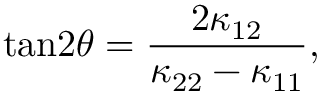
\mathrm { t a n } 2 \theta = { \frac { 2 \kappa _ { 1 2 } } { \kappa _ { 2 2 } - \kappa _ { 1 1 } } } ,